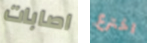
اصابات اخترع